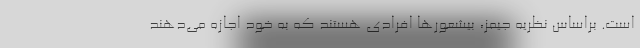
است. براساس نظریهٔ جیمز، بیشعورها افرادی هستند که به خود اجازه می‌دهند